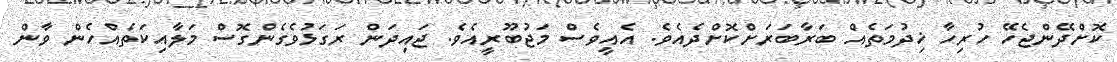
ކޮށްދޭންޖެހޭ ހުރިހާ ޚިދުމަތެއް ބަރާބަރަށްކޮށްދެއެވެ. އެއީވެސް މަޖުބޫރީއެވެ. ޖައިދަން ރަގަޅުވެގެންގޮސް މަލާއިކަތެއްހެން ވާން